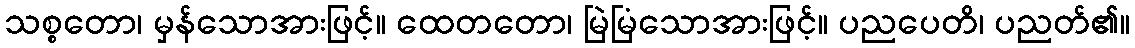
သစ္စတော၊ မှန်သောအားဖြင့်။ ထေတတော၊ မြဲမြံသောအားဖြင့်။ ပညပေတိ၊ ပညတ်၏။